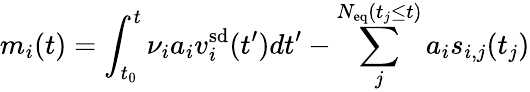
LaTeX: m_{i}(t)=\int_{t_{0}}^{t}\nu_{i}a_{i}v_{i}^{\mathrm{sd}}(t^{\prime})dt^{\prime}-\sum_{j}^{N_{\mathrm{eq}}(t_{j}\leq t)}a_{i}s_{i,j}(t_{j})